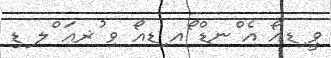
ވީ ިޑއޯ އެ ްނޑް ޯއ ިޑއޯ ވި ުޜއަ ްލ ޑި